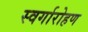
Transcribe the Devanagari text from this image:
स्‍वर्गारोहण